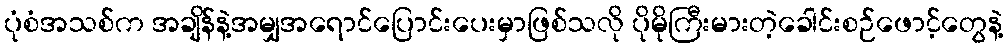
ပုံစံအသစ်က အချိန်နဲ့အမျှအရောင်ပြောင်းပေးမှာဖြစ်သလို ပိုမိုကြီးမားတဲ့ခေါင်းစဉ်ဖောင့်တွေနဲ့